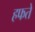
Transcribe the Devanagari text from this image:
हफते